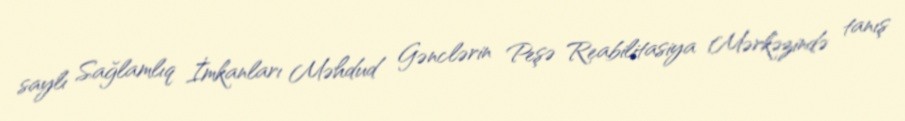
saylı Sağlamlıq İmkanları Məhdud Gənclərin Peşə Reabilitasiya Mərkəzində tanış